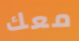
معك